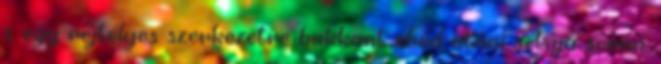
s egy rejtélyes szerkezetre bukkant ebéd utáni sétája során.